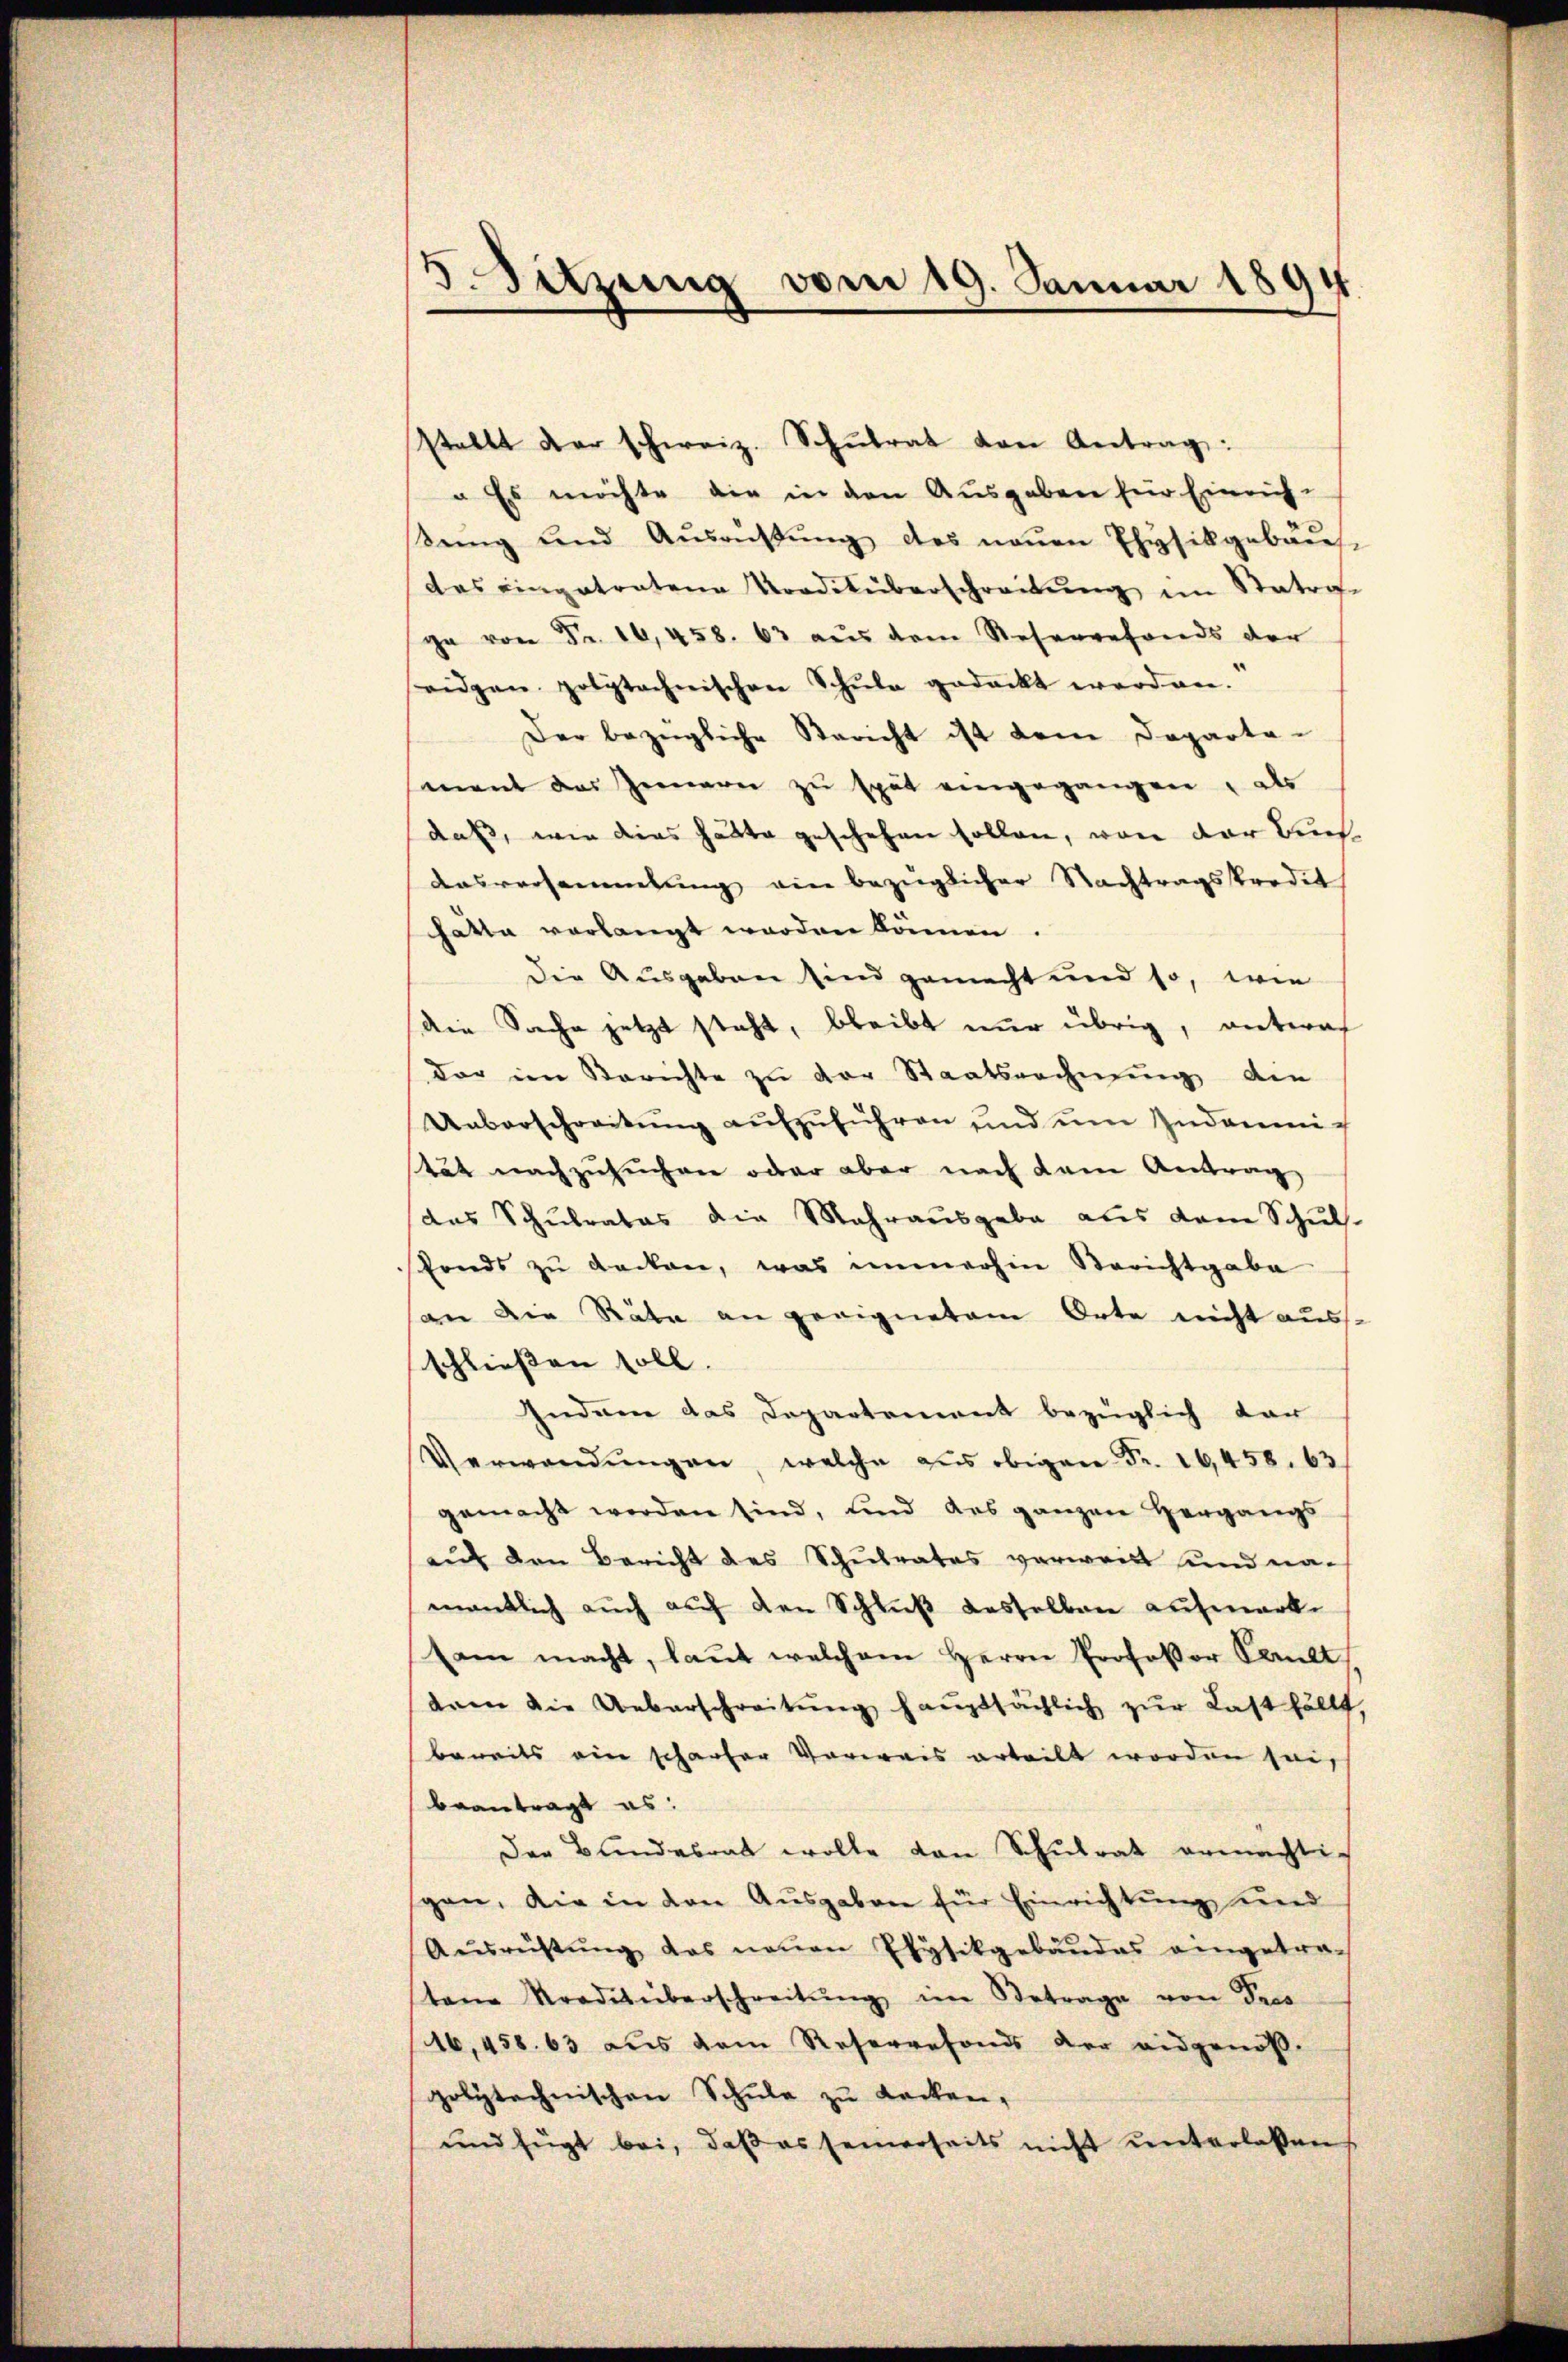
5. Sitzung vom 19. Januar 1894

stellt der schweiz. Schŭlrat von Antrag:
" Es möchte die in den Ausgaben für Einrich-
Seng und Ausrüstŭng des neŭen Ehysikgebäŭt-
das eingetratene Traditüberschreibŭng im Statrose
ge von Fr. 16, 458. 63 aus dem Reservefonds der
eidgen polytechnischen Schŭle gedeckt worden.
Der bezügliche Bericht ist dem Departa-
mant das Gemare zu spät eingegangen, als
daß, wie dies hätte geschehen sollen, von der Buch¬
Aasversammlung ein bezüglicher Nachtragskredit
hatte verlangt werden können.
die Ausgaben sind gemacht und so, wie
Die Sache jetzt steht, bleibt nur übrig, antraf
der im Berichte zu der Staatsrechnung die
Ueberschreitŭng aŭfzŭführen und ŭm Indemich
stät nachzusuchen oder aber nach dem Antrag
das Schŭlrates die Mehraŭsgabe aus dem Schŭl-
fonds zu decken, was immerhin Berichtgabe
ger die Räte an geeignetem Orte nicht auss
schließen soll.
Indame das Departement bezüglich dar
Verwendŭngen, welche aus obigen Fr. 16,458. 63
gemacht werden sind, und des ganzen Hergangs
auf den Bericht des Schŭlrates verweist und na-
mentlich auch auf den Schluß desselben aufmerksam macht, laut welchem Herrn Professor Cault
dren die Ueberschreitŭng haŭptsächlich zŭr Last fällt,
bereits ein schauser Verwais erteilt worden sei,
beantragt es:
Der Bundesrat wolle von Schŭlrat ermächtig
gen, die in den Ausgaben für Einrichtung und
Aŭsreistŭng das neŭen Etysikgebäŭdes eingetra-
stene Traditüberschreitŭng im Betrage von Pros
16,458. 63 aus dem Reservefonds der eidgenößpolytechnischen Schule zu Locken,
und fügt bei, daβ es seinerseits nicht ŭnterlaßen